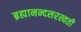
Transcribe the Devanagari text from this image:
ब्रह्मानन्दसरस्वती